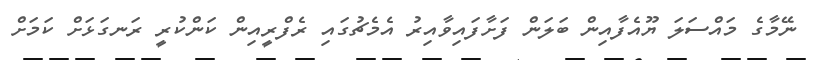
ނޭމާގެ މައްސަލަ ޔޫއެފާއިން ބަލަން ފަށާފައިވާއިރު އެމެޗުގައި ރެފްރީއިން ކަންކުރީ ރަނގަޅަށް ކަަމަށް